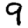
Digit: 9